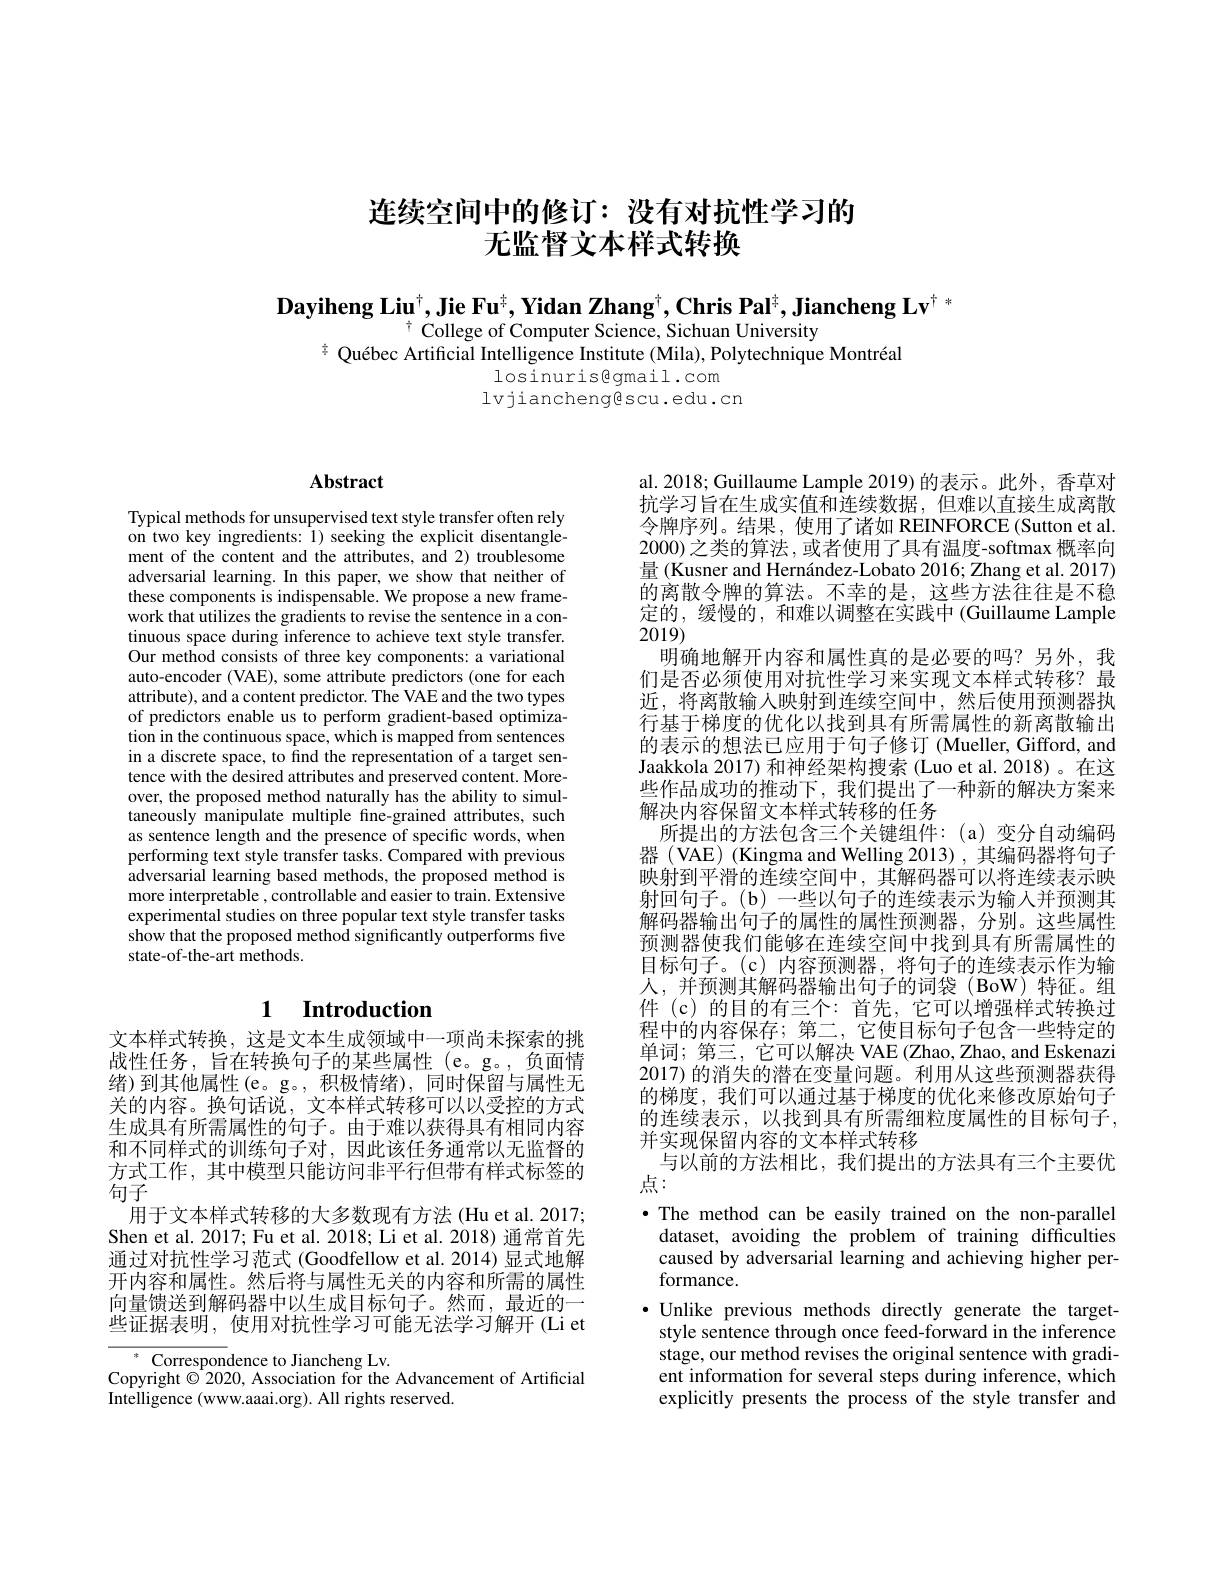
# 连续空间中的修订：没有对抗性学习的无监督文本样式转换

Dayiheng Liu$^\dagger$,Jie Fu$^\dagger,\textbf{Yidan Zhang}^\dagger,\textbf{Chris Pal}^\dagger,\textbf{Jiancheng Lv}^\dagger{}^*$
$\uparrow$ College of Computer Science, Sichuan University
$\frac{\pi}{\text{Qu\'{e}becArtificialIntelligenceInstitute(Mila),PolytechniqueMontr\'{e}al}}$
losinuris@gmail.com
lvjianchenggescu.edu.cn

## $\mathbf{Abstract}$

Typical methods for unsupervised text style transfer often rely on two key ingredients: 1) seeking the explicit disentanglement of the content and the attributes, and 2) troublesome adversarial learning. In this paper, we show that neither of these components is indispensable. We propose a new framework that utilizes the gradients to revise the sentence in a continuous space during inference to achieve text style transfer. Our method consists of three key components: a variational auto-encoder (VAE), some attribute predictors (one for each attribute), and a content predictor. The VAE and the two types of predictors enable us to perform gradient-based optimization in the continuous space, which is mapped from sentences in a discrete space, to find the representation of a target sentence with the desired attributes and preserved content. Moreover, the proposed method naturally has the ability to simultaneously manipulate multiple fine-grained attributes, such as sentence length and the presence of specific words, when performing text style transfer tasks. Compared with previous adversarial learning based methods, the proposed method is more interpretable , controllable and easier to train. Extensive experimental studies on three popular text style transfer tasks show that the proposed method significantly outperforms five state-of-the-art methods.

# 1 Introduction

文本样式转换，这是文本生成领域中一项尚未探索的挑战性任务，旨在转换句子的某些属性(e。g。,负面情绪 ) 到 其 他 属 性 ( e。g。, 积 极 情 绪 ) , 同 时 保 留 与 属 性 无 关的内容。换句话说，文本样式转移可以以受控的方式生成具有所需属性的句子。由于难以获得具有相同内容和不同样式的训练句子对，因此该任务通常以无监督的方式工作，其中模型只能访问非平行但带有样式标签的句子
用于文本样式转移的大多数现有方法 (Hu et al. 2017; Shen et al. 2017; Fu et al. 2018; Li et al. 2018) 通常首先通过对抗性学习范式 (Goodfellow et al.2014)显式地解开内容和属性。然后将与属性无关的内容和所需的属性向量馈送到解码器中以生成目标句子。然而，最近的一些证据表明，使用对抗性学习可能无法学习解开 (Li et

$^*$ Correspondence to Jiancheng Lv.
Copyright $\textcircled{2}$020, Association for the Advancement of Artificial
Intelligence (www.aaai.org). All rights reserved.

al. 2018; Guillaume Lample 2019) 的表示。此外，香草对抗学习旨在生成实值和连续数据，但难以直接生成离散令牌序列。结果，使用了诸如 REINFORCE(Sutton et al. 2000)之类的算法，或者使用了具有温度-softmax 概率向量 (Kusner and Hernández-Lobato 2016; Zhang et al. 2017) 的离散令牌的算法。不幸的是，这些方法往往是不稳定的，缓慢的，和难以调整在实践中(Guillaume Lample 2019)
明确地解开内容和属性真的是必要的吗？另外，我们是否必须使用对抗性学习来实现文本样式转移？最近，将离散输入映射到连续空间中，然后使用预测器执行基于梯度的优化以找到具有所需属性的新离散输出的表示的想法已应用于句子修订 (Mueller, Gifford, and Jaakkola 2017) 和神经架构搜索 (Luo et al. 2018)。在这些作品成功的推动下，我们提出了一种新的解决方案来解决内容保留文本样式转移的任务
所提出的方法包含三个关键组件：(a)变分自动编码器 (VAE) (Kingma and Welling 2013) ,其编码器将句子映射到平滑的连续空间中，其解码器可以将连续表示映射回句子。(b) 一些以句子的连续表示为输入并预测其解码器输出句子的属性的属性预测器，分别。这些属性预测器使我们能够在连续空间中找到具有所需属性的目标句子。(c)内容预测器，将句子的连续表示作为输人，并预测其解码器输出句子的词袋(BoW)特征。组件(c)的目的有三个：首先，它可以增强样式转换过程中的内容保存；第二，它使目标句子包含一些特定的单词；第三，它可以解决 VAE (Zhao,Zhao, and Eskenazi 2017) 的消失的潜在变量问题。利用从这些预测器获得的梯度，我们可以通过基于梯度的优化来修改原始句子的连续表示，以找到具有所需细粒度属性的目标句子， 并实现保留内容的文本样式转移
与以前的方法相比，我们提出的方法具有三个主要优
点：
$\bullet$ The method can be easily trained on the non-parallel
dataset, avoiding the problem of training difficulties caused by adversarial learning and achieving higher performance.
$\bullet$ Unlike previous methods directly generate the target-
style sentence through once feed-forward in the inference stage, our method revises the original sentence with gradient information for several steps during inference, which explicitly presents the process of the style transfer and